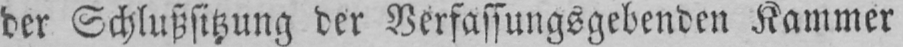
der Schlußsitzung der Verfassungsgebenden Kammer